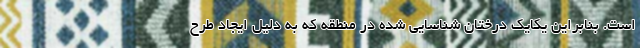
است. بنابراین یکایک درختان شناسایی شده در منطقه که به دلیل ایجاد طرح